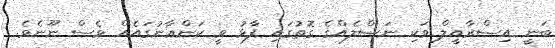
ބަނީ އިސްރާއީލް ވަކި ނަސްލެއްގެ ގޮތުގައި ފާޅު ވީ ކަންޢާނުގައެއް ވެސް ނޫނެވެ.